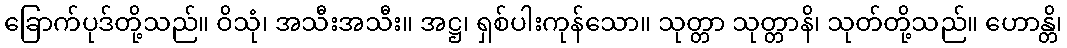
ခြောက်ပုဒ်တို့သည်။ ဝိသုံ၊ အသီးအသီး။ အဋ္ဌ၊ ရှစ်ပါးကုန်သော။ သုတ္တာ သုတ္တာနိ၊ သုတ်တို့သည်။ ဟောန္တိ၊